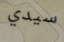
سيدي